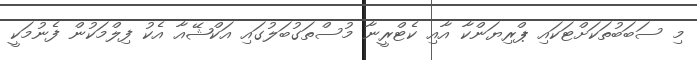
މި ސަބަބުތަކަށްޓަކައި ޕްރިޔަންކާ އާއި ކެޓްރީނާ މުސްތަގުބަލުގައި އަކްޝޭއާ އެކު ފިލްމަކުން ފެނުމަކީ